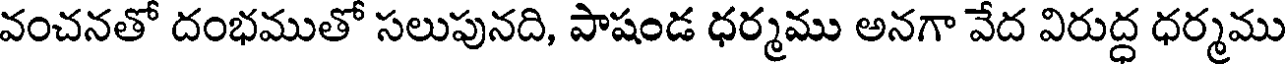
వంచనతో దంభముతో సలుపునది, పాషండ ధర్మము అనగా వేద విరుద్ధ ధర్మము